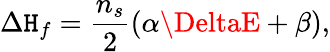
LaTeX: \Delta\mathtt{H}_{f}=\frac{{n_{s}}}{{2}}(\alpha\DeltaE+\beta),